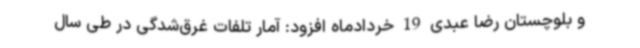
و بلوچستان رضا عبدی 19 خردادماه افزود: آمار تلفات غرق‌شدگی در طی سال